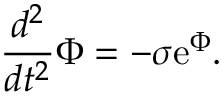
\frac { d ^ { 2 } } { d t ^ { 2 } } \Phi = - \sigma \mathrm { e } ^ { \Phi } .